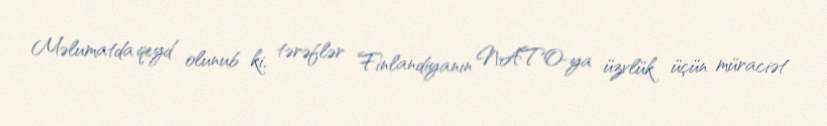
Məlumatda qeyd olunub ki, tərəflər Finlandiyanın NATO-ya üzvlük üçün müraciət